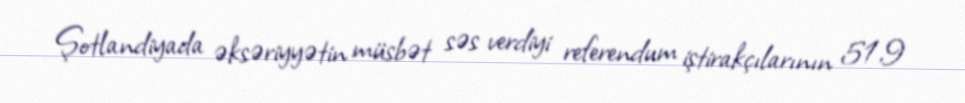
Şotlandiyada əksəriyyətin müsbət səs verdiyi referendum iştirakçılarının 51,9